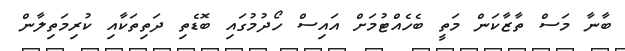
ބާނާ މަސް ތާޒާކަން މަތީ ބެހެއްޓުމަށް އައިސް ހޯދުމުގައި ބޮޑެތި ދަތިތަކާއި ކުރިމަތިލާން